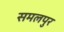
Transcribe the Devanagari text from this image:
समलपुर